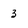
Character: 3